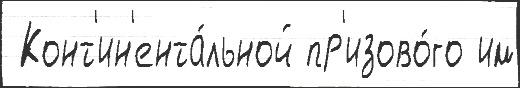
 Конт'ин'ента́льной пр'изово́го им